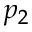
p _ { 2 }